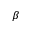
\beta